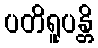
ပတိရူပန္တိ